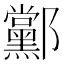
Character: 䣣